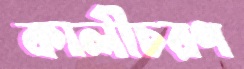
কালীচরণ